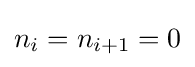
n_{i}=n_{i+1}=0